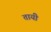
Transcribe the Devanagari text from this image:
तायी